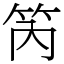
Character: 笍